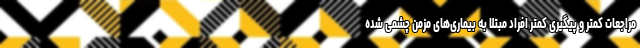
مراجعات کمتر و پیگیری کمتر افراد مبتلا به بیماری‌های مزمن چشمی شده